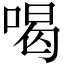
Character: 喝